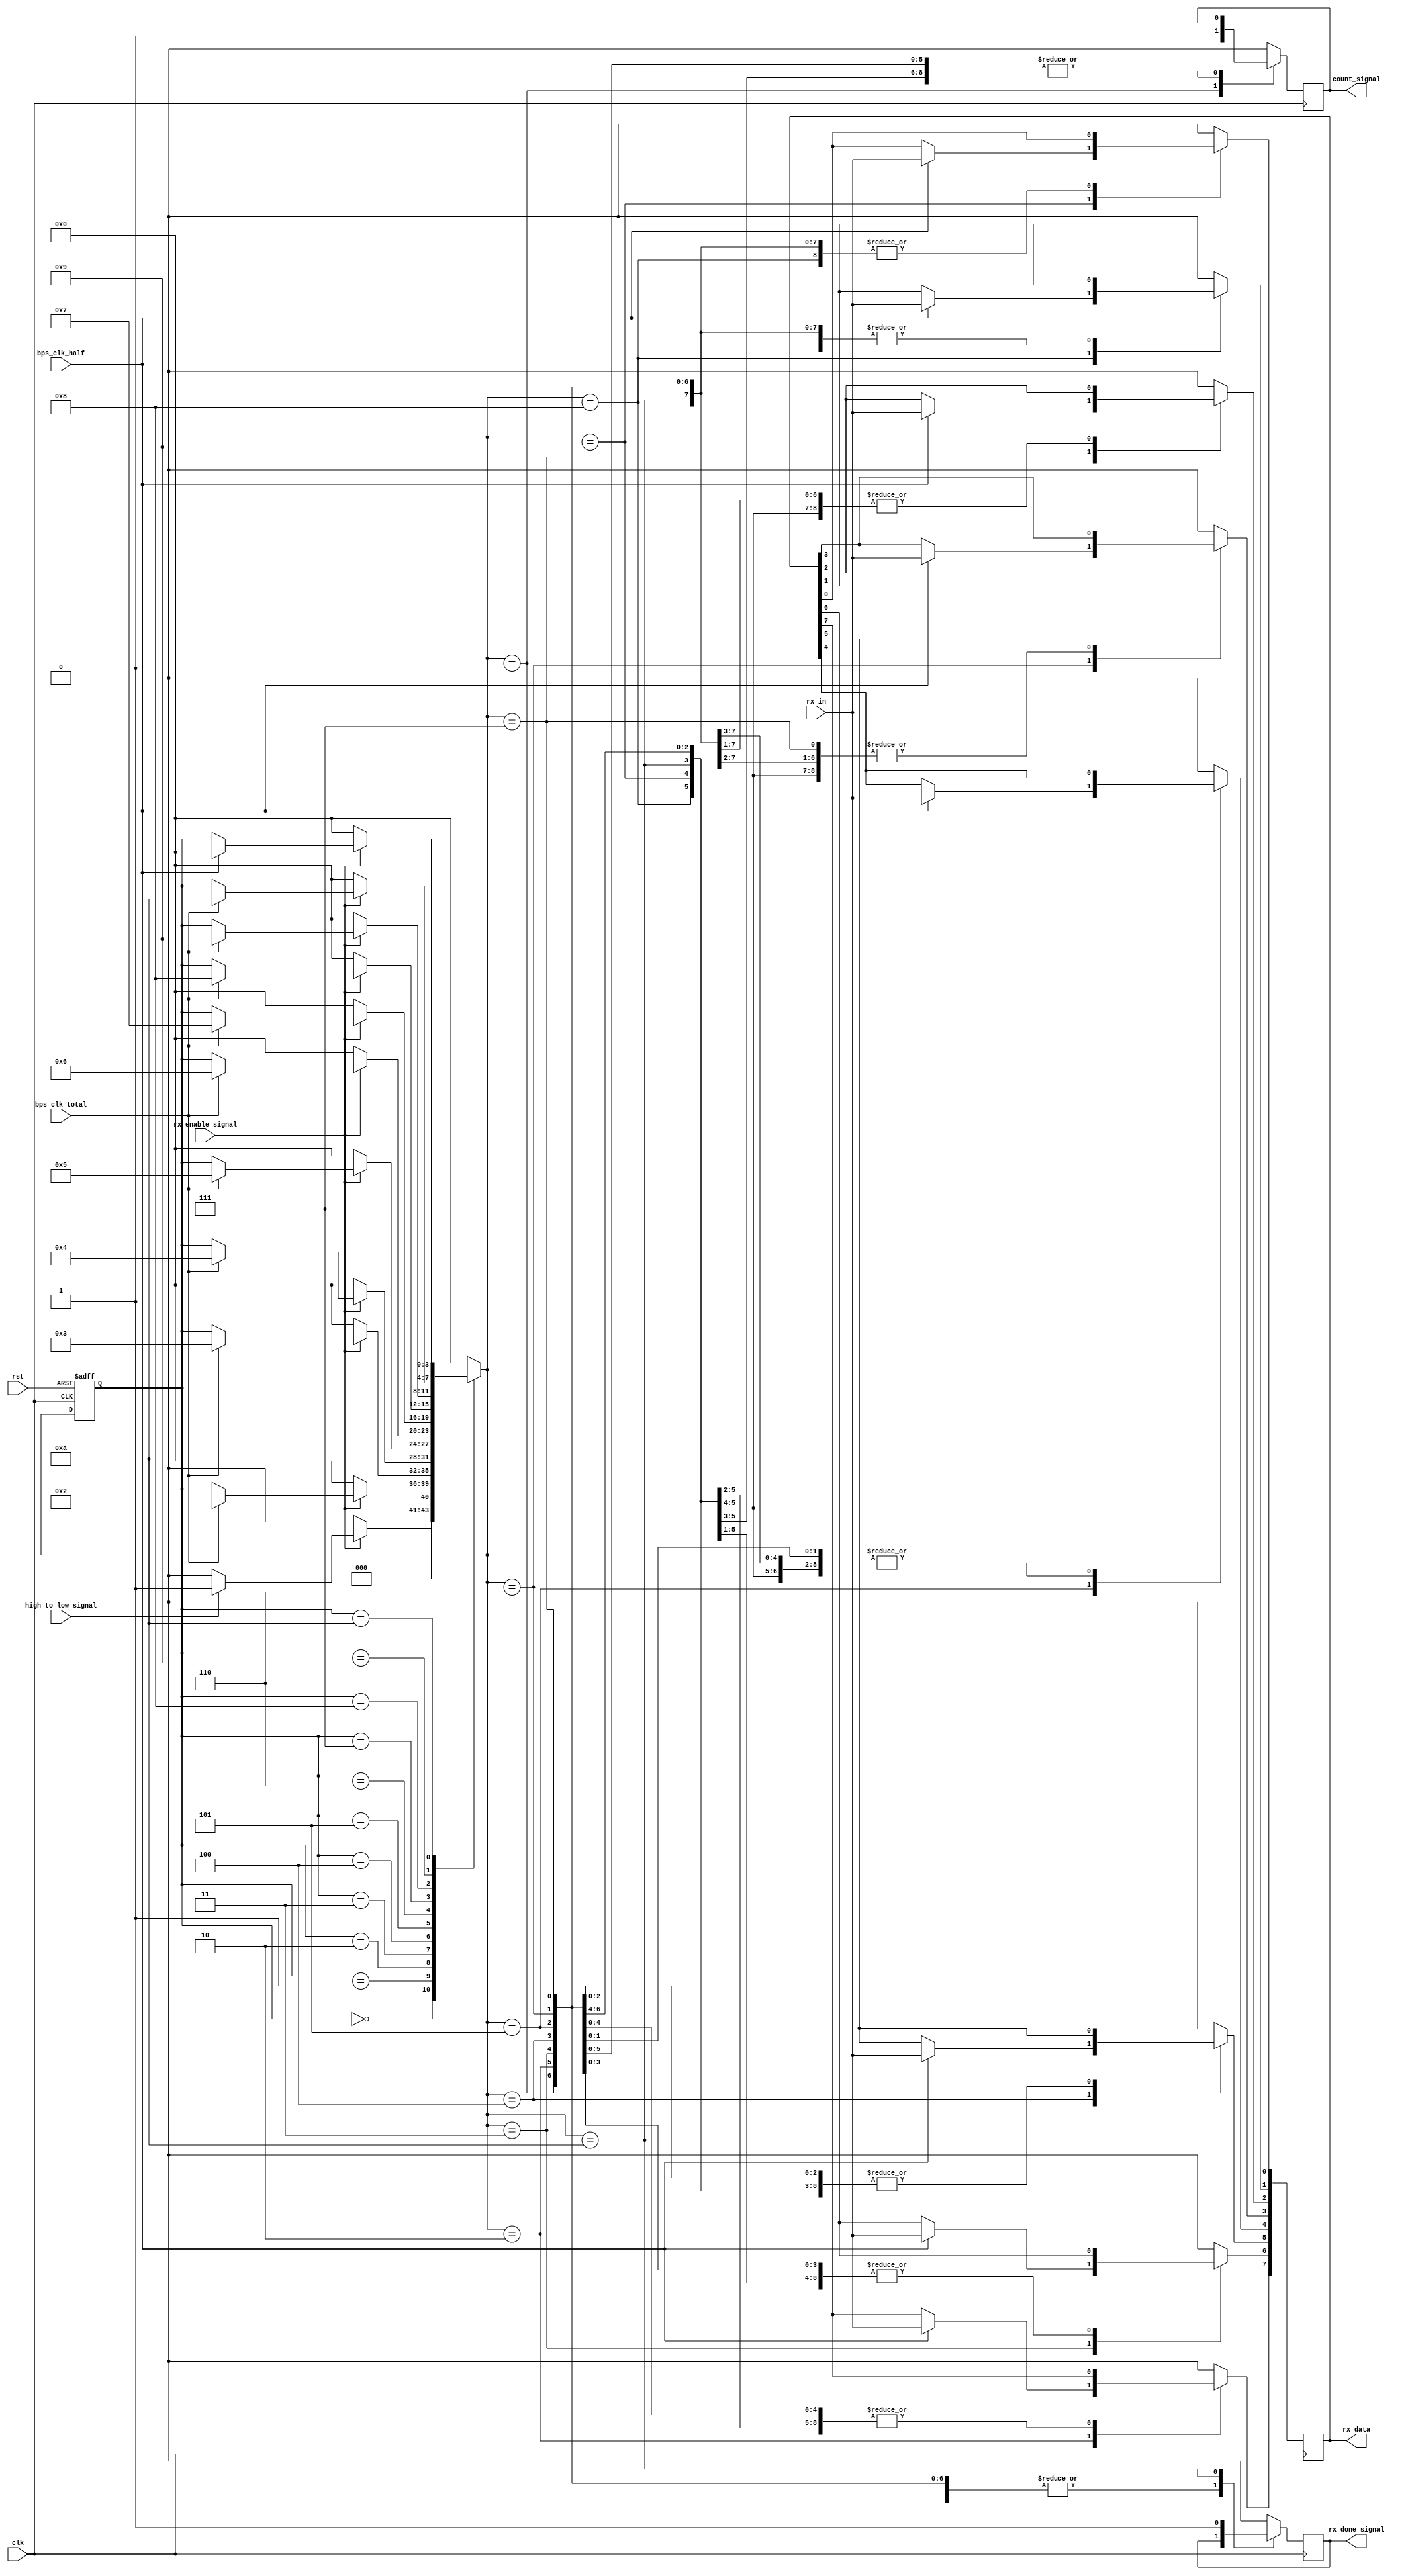
`timescale 1ns / 1ps
//////////////////////////////////////////////////////////////////////////////////
// Company: 
// Engineer: 
// 
// Design Name: 
// Module Name: rx_control
// Project Name: 
// Target Devices: 
// Tool Versions: 
// Description: 
// 
// Dependencies: 
// 
// Revision:
// Revision 0.01 - File Created
// Additional Comments:
// 
//////////////////////////////////////////////////////////////////////////////////


module rx_control(
    input clk,
    input rst,//high level is effect
    input rx_in,
    input high_to_low_signal,
    input bps_clk_half,
    input bps_clk_total,
    input rx_enable_signal,
    output reg count_signal,
    output reg [7:0] rx_data,
    output reg rx_done_signal
    );

parameter IDLE = 4'b0000,
START_BIT  = 4'b0001,
DATA_BIT_1 = 4'b0010,
DATA_BIT_2 = 4'b0011,
DATA_BIT_3 = 4'b0100,
DATA_BIT_4 = 4'b0101,
DATA_BIT_5 = 4'b0110,
DATA_BIT_6 = 4'b0111,
DATA_BIT_7 = 4'b1000,
DATA_BIT_8 = 4'b1001,
STOP_BIT = 4'b1010
;

reg [3:0] current_state, next_state;

always @ (posedge clk or posedge rst)
    begin
        if(rst)
            begin
                current_state <= IDLE;
            end
        else
            begin
                current_state <= next_state;
            end
    end

always @ (*)
    begin
        next_state <= current_state;
        case (current_state) 
            IDLE:
                begin
                    if (rx_enable_signal) 
                       begin
                           if (high_to_low_signal) 
                               begin
                                   next_state <= START_BIT;
                               end
                           else 
                               begin
                                   next_state <= IDLE;
                               end
                       end
                   else 
                       begin
                           next_state <= IDLE;
                       end   
                end
            START_BIT:
                begin
                    if (rx_enable_signal) 
                       begin
                           if (bps_clk_total) 
                               begin
                                   next_state <= DATA_BIT_1;
                               end
                           else 
                               begin
                                   next_state <= current_state;
                               end
                       end
                   else 
                       begin
                           next_state <= IDLE;
                       end   
                end
            DATA_BIT_1:
                begin
                    if (rx_enable_signal) 
                       begin
                           if (bps_clk_total) 
                               begin
                                   next_state <= DATA_BIT_2;
                               end
                           else 
                               begin
                                   next_state <= current_state;
                               end
                       end
                   else 
                       begin
                           next_state <= IDLE;
                       end   
                end
            DATA_BIT_2:
                begin
                    if (rx_enable_signal) 
                       begin
                           if (bps_clk_total) 
                               begin
                                   next_state <= DATA_BIT_3;
                               end
                           else 
                               begin
                                   next_state <= current_state;
                               end
                       end
                   else 
                       begin
                           next_state <= IDLE;
                       end   
                end
            DATA_BIT_3:
                begin
                    if (rx_enable_signal) 
                       begin
                           if (bps_clk_total) 
                               begin
                                   next_state <= DATA_BIT_4;
                               end
                           else 
                               begin
                                   next_state <= current_state;
                               end
                       end
                   else 
                       begin
                           next_state <= IDLE;
                       end   
                end
            DATA_BIT_4:
                begin
                    if (rx_enable_signal) 
                       begin
                           if (bps_clk_total) 
                               begin
                                   next_state <= DATA_BIT_5;
                               end
                           else 
                               begin
                                   next_state <= current_state;
                               end
                       end
                   else 
                       begin
                           next_state <= IDLE;
                       end   
                end
            DATA_BIT_5:
                begin
                    if (rx_enable_signal) 
                       begin
                           if (bps_clk_total) 
                               begin
                                   next_state <= DATA_BIT_6;
                               end
                           else 
                               begin
                                   next_state <= current_state;
                               end
                       end
                   else 
                       begin
                           next_state <= IDLE;
                       end   
                end
            DATA_BIT_6:
                begin
                    if (rx_enable_signal) 
                       begin
                           if (bps_clk_total) 
                               begin
                                   next_state <= DATA_BIT_7;
                               end
                           else 
                               begin
                                   next_state <= current_state;
                               end
                       end
                   else 
                       begin
                           next_state <= IDLE;
                       end   
                end
            DATA_BIT_7:
                begin
                    if (rx_enable_signal) 
                       begin
                           if (bps_clk_total) 
                               begin
                                   next_state <= DATA_BIT_8;
                               end
                           else 
                               begin
                                   next_state <= current_state;
                               end
                       end
                   else 
                       begin
                           next_state <= IDLE;
                       end   
                end
            DATA_BIT_8:
                begin
                    if (rx_enable_signal) 
                       begin
                           if (bps_clk_total) 
                               begin
                                   next_state <= STOP_BIT;
                               end
                           else 
                               begin
                                   next_state <= current_state;
                               end
                       end
                   else 
                       begin
                           next_state <= IDLE;
                       end   
                end
            STOP_BIT:
                begin
                    if(rx_enable_signal)
                        begin
                            if(bps_clk_half)//just wait for half stop bit, avoid lost any data
                                begin
                                    next_state <= IDLE;
                                end
                            else 
                                begin
                                    next_state <= current_state;
                                end
                        end
                    else 
                        begin
                            next_state <= IDLE;
                        end
                end
            default:
                begin
                    next_state <= IDLE;
                end
        endcase
    end

always @ (posedge clk)
    begin
        case (next_state) //so we could solve one clock problem
            IDLE:
                begin
                    rx_data <= 8'b00000000;
                    count_signal <= 1'b0;
                    rx_done_signal <= 1'b0;
                end
            START_BIT:
                begin
                    count_signal <= 1'b1;
                end
            DATA_BIT_1:
                begin
                if(bps_clk_half)   
                rx_data[7] <= rx_in; 
                else 
                rx_data <= rx_data;
                end
            DATA_BIT_2:
                begin
                if(bps_clk_half)   
                rx_data[6] <= rx_in; 
                else 
                rx_data <= rx_data;
                end
            DATA_BIT_3:
                begin
                if(bps_clk_half)   
                rx_data[5] <= rx_in; 
                else 
                rx_data <= rx_data;
                end
             DATA_BIT_4:
                begin
                if(bps_clk_half)   
                rx_data[4] <= rx_in; 
                else 
                rx_data <= rx_data;
                end
            DATA_BIT_5:
                begin
                if(bps_clk_half)   
                rx_data[3] <= rx_in; 
                else 
                rx_data <= rx_data;
                end
            DATA_BIT_6:
                begin
                if(bps_clk_half)   
                rx_data[2] <= rx_in; 
                else 
                rx_data <= rx_data;
                end 
            DATA_BIT_7:
                begin
                if(bps_clk_half)   
                rx_data[1] <= rx_in; 
                else 
                rx_data <= rx_data;
                end 
            DATA_BIT_8:
                begin
                if(bps_clk_half)   
                rx_data[0] <= rx_in; 
                else 
                rx_data <= rx_data;
                end
            STOP_BIT:
                begin
                rx_done_signal <= 1'b1;
                end
            default:
                begin
                    rx_data <= 8'b00000000;
                    count_signal <= 1'b0;
                    rx_done_signal <= 1'b0;
                end
        endcase
    end

endmodule